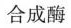
合成酶